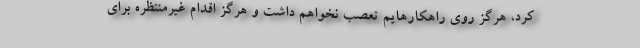
کرد، هرگز روی راهکارهایم تعصب نخواهم داشت و هرگز اقدام غیرمنتظره برای